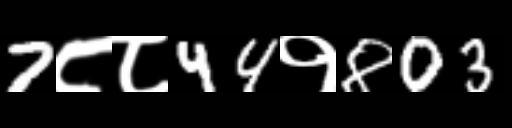
Text: 7८८44१803